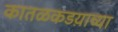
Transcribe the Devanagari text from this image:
कातळकडय़ाच्या